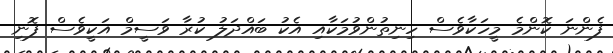
ފެންނަ ކޮންމެ މީހަކާވެސް ހިނިތުންވުމަކާއި އެކު ބައްދަލު ކުރާ ވަސީމް އަކީވެސް ފޮނި